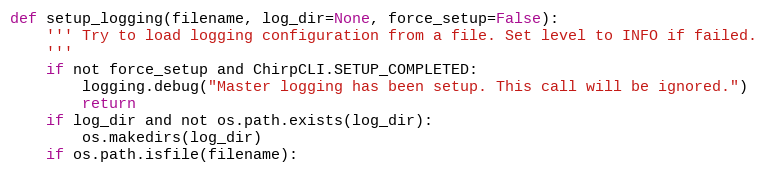
Language: Python
def setup_logging(filename, log_dir=None, force_setup=False):
    ''' Try to load logging configuration from a file. Set level to INFO if failed.
    '''
    if not force_setup and ChirpCLI.SETUP_COMPLETED:
        logging.debug("Master logging has been setup. This call will be ignored.")
        return
    if log_dir and not os.path.exists(log_dir):
        os.makedirs(log_dir)
    if os.path.isfile(filename):